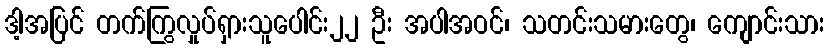
ဒါ့အပြင် တက်ကြွလှုပ်ရှားသူပေါင်း၂၂ ဦး အပါအဝင်၊ သတင်းသမားတွေ၊ ကျောင်းသား